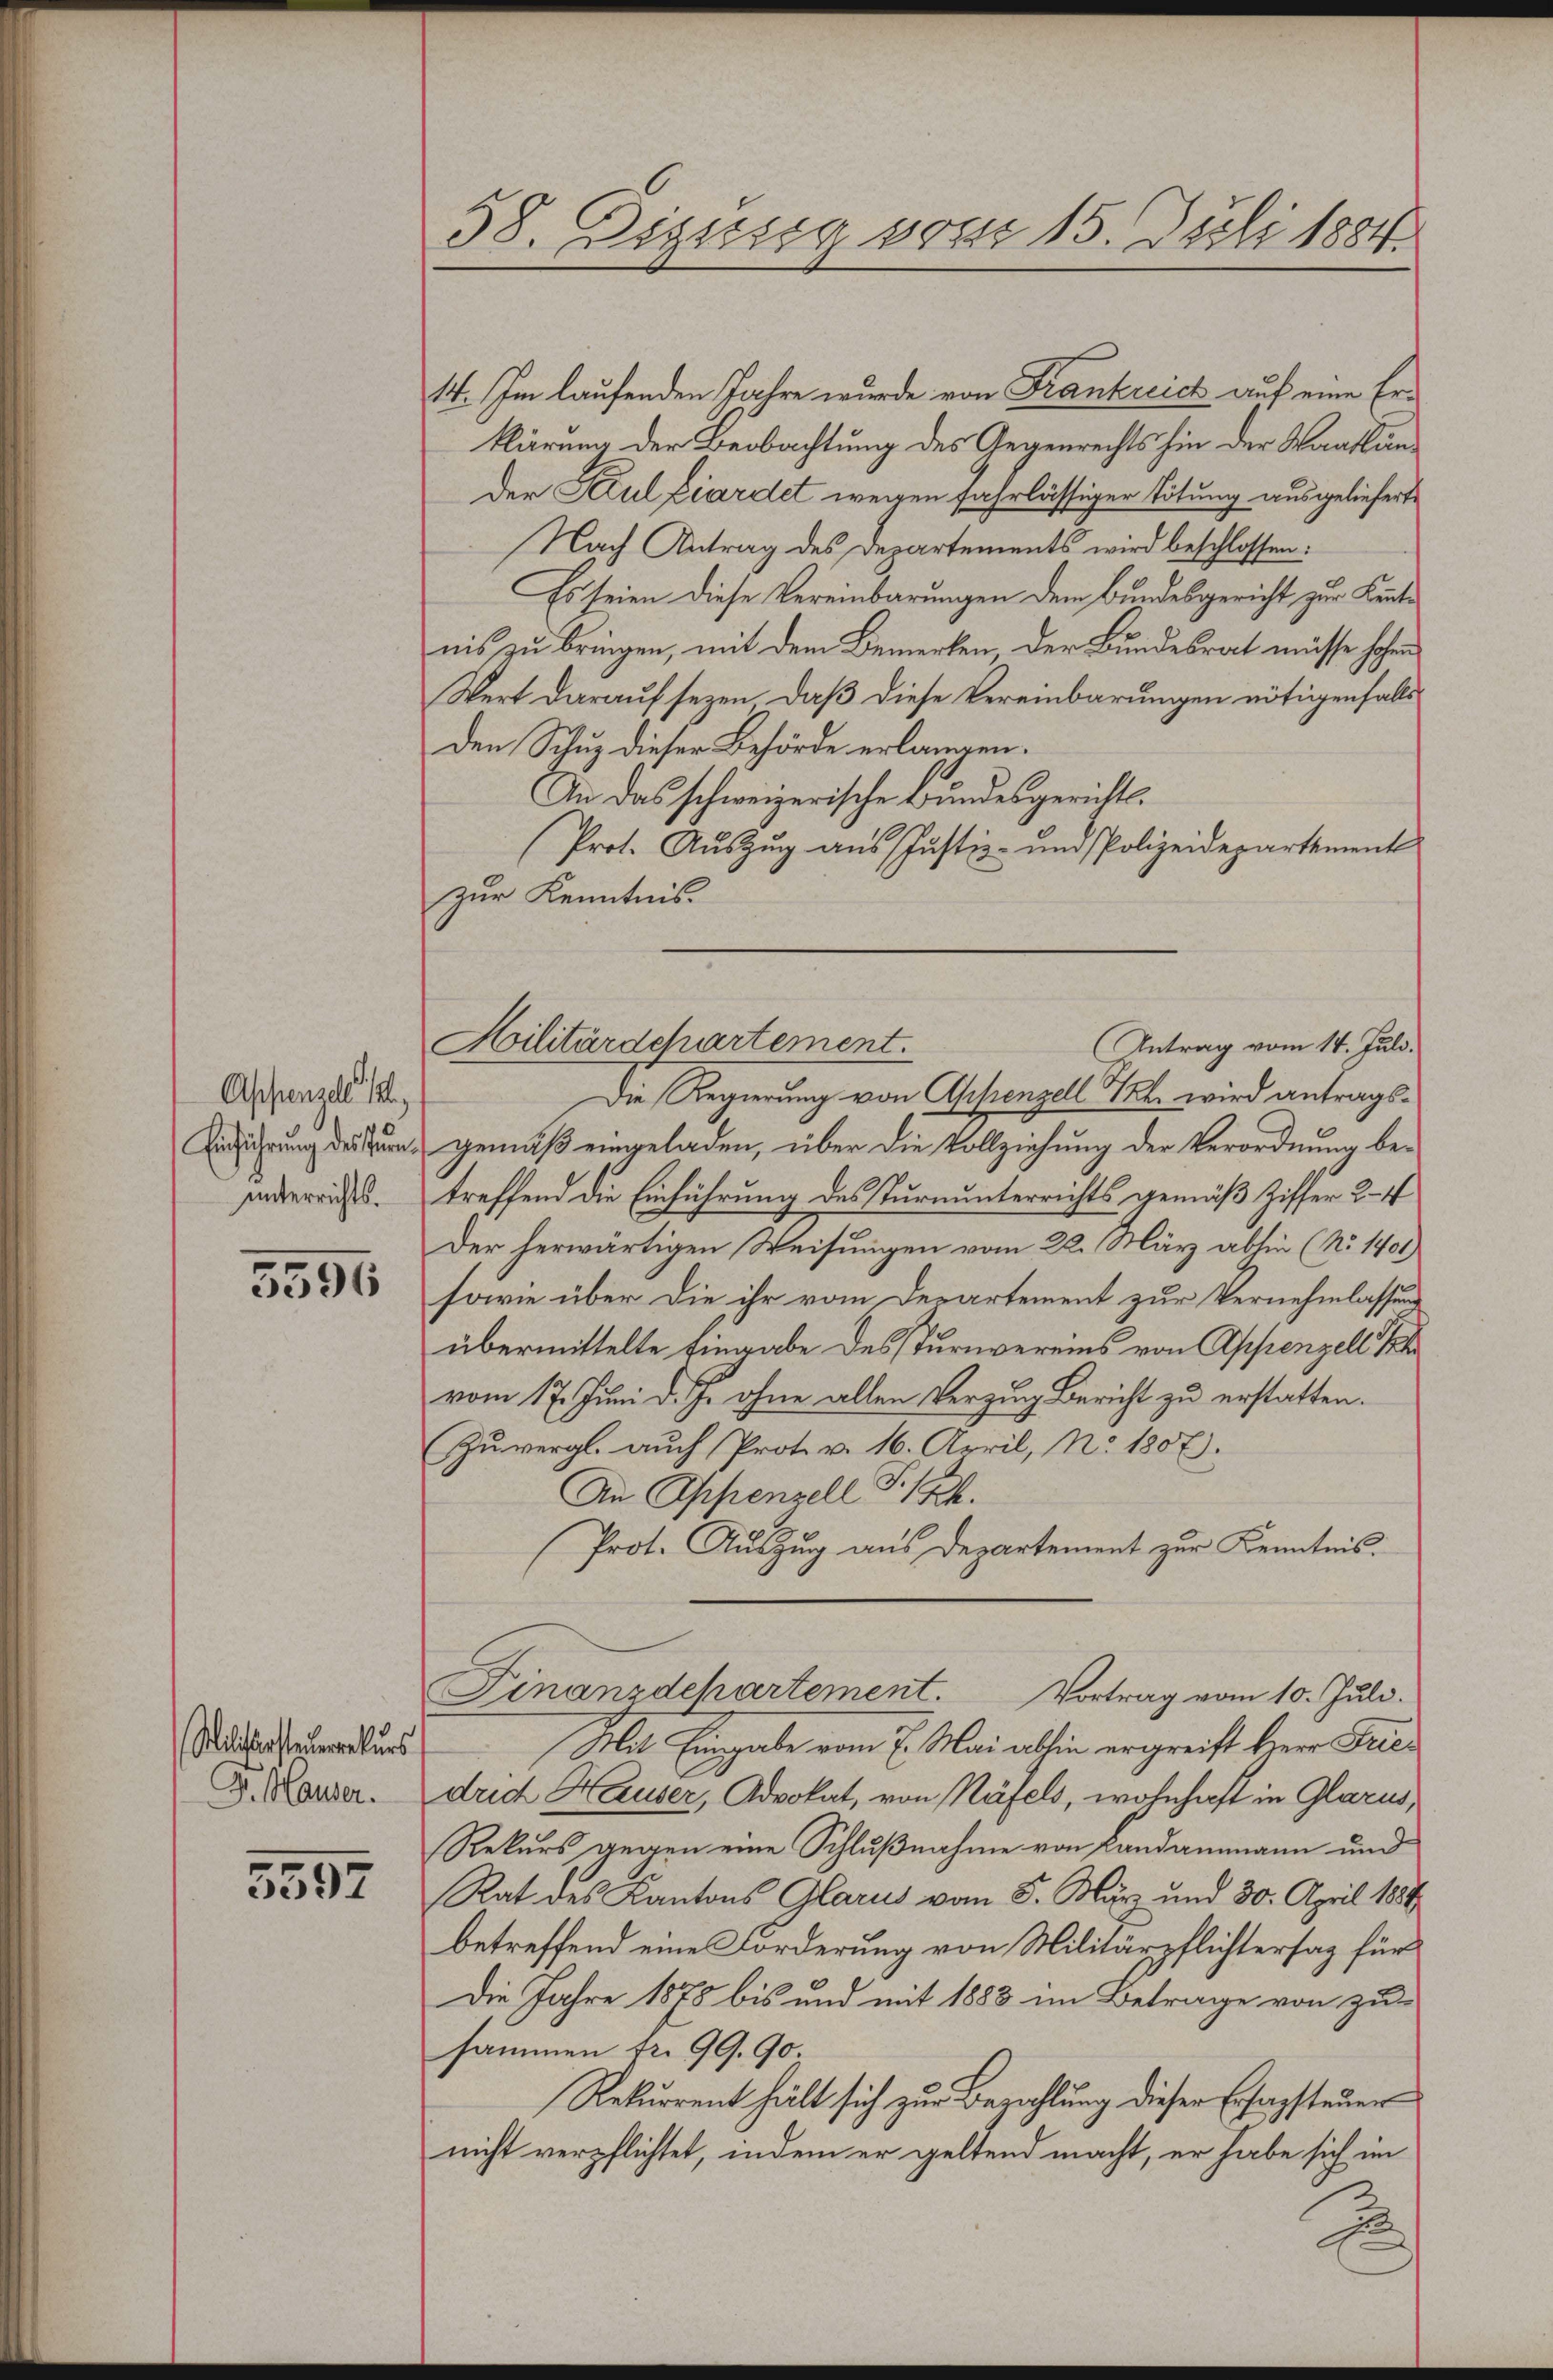
Aschensel 18
Einführung des Pfrununterrichts.

5596

Milistersteuerrekurs
G. Hauser.

5597

38. Dezessg vom 15. Juli 1884.

14. Im laufenden Jahre wurde von Frankreich auf eine Erklärung der Beobachtung des Gegenrechts hin der Wandlunder Secul Ziardet wegen fahrlässiger Tötung ausgeliefert
Nach Antrag des Departements wird beschlossen:
Es seien diese Vereinbarungen dem Bundesgericht zur Kente
nis zu bringen, mit dem Bemerken, der Bundesrat müsse hohen
Wert darauf sezen, daß diese Vereinbarungen nötigenfalls
Den Schuz dieser Behörde erlangen.
An das schweizerische Bundesgerichts-
Prot. Auszug aus Justiz- und Polizeidepartement
zur Kenntnis.
(Antrag vom 14. Juli.
Die Regierung von Appenzell Art. wird antragt.
gemäß eingeladen, über die Vollziehung der Verordnung betreffend die Einführung des Turnunterrichts gemäß Ziffer 2-4
Der herwärtigen Weisungen vom 22. März abhin (No 1401
sowie über die ihr vom Departement zur Vernehmlassung
übermittelte Eingabe des Turnvereins von Appenzell
vom 17. Juni d. J. ohne allen Verzug Bericht zu erstatten.
Zuvergl. auch Prot. v. 16. April, No. 1807.
An Appenzell S. 14.
Prot. Auszug aus Departement zur Kenntnis.
Finanzdepartement. Vortrag vom 10. Juli.
Mit Eingabe vom 7. Mai abhin ergreift hier Friedrich Hauser, Advokat, von Näfels, wohnhaft in Glarus,
Rekurs gegen eine Schlußnahme von Landammann und
Rat des Kantons Glarus vom 5. März und 30. April 1884
betreffend eine Forderung von Militärpflichtersaz für
Die Jahre 1878 bis und mit 1888 im Betrage von zu-
sammen Fr. 99. 90
Rekurrent hält sich zur Bezahlung dieser Erfassteuer
nicht verpflichtet, indem er geltend macht, er habe sich im
d

Militärschartement.